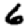
Digit: 6